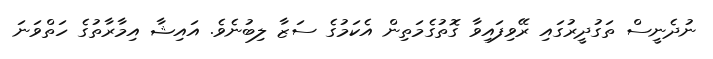
ނުދެނީސް ތަގުދީރުގައި ރޭވިފައިވާ ގޮތުގެމަތިން އެކަމުގެ ސަޒާ ލިބުނެވެ. އައިޝާ އިމާރާތުގެ ހަތްވަނަ